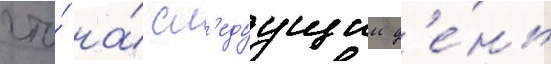
что́ на́ сл'едуущии д'е́нь